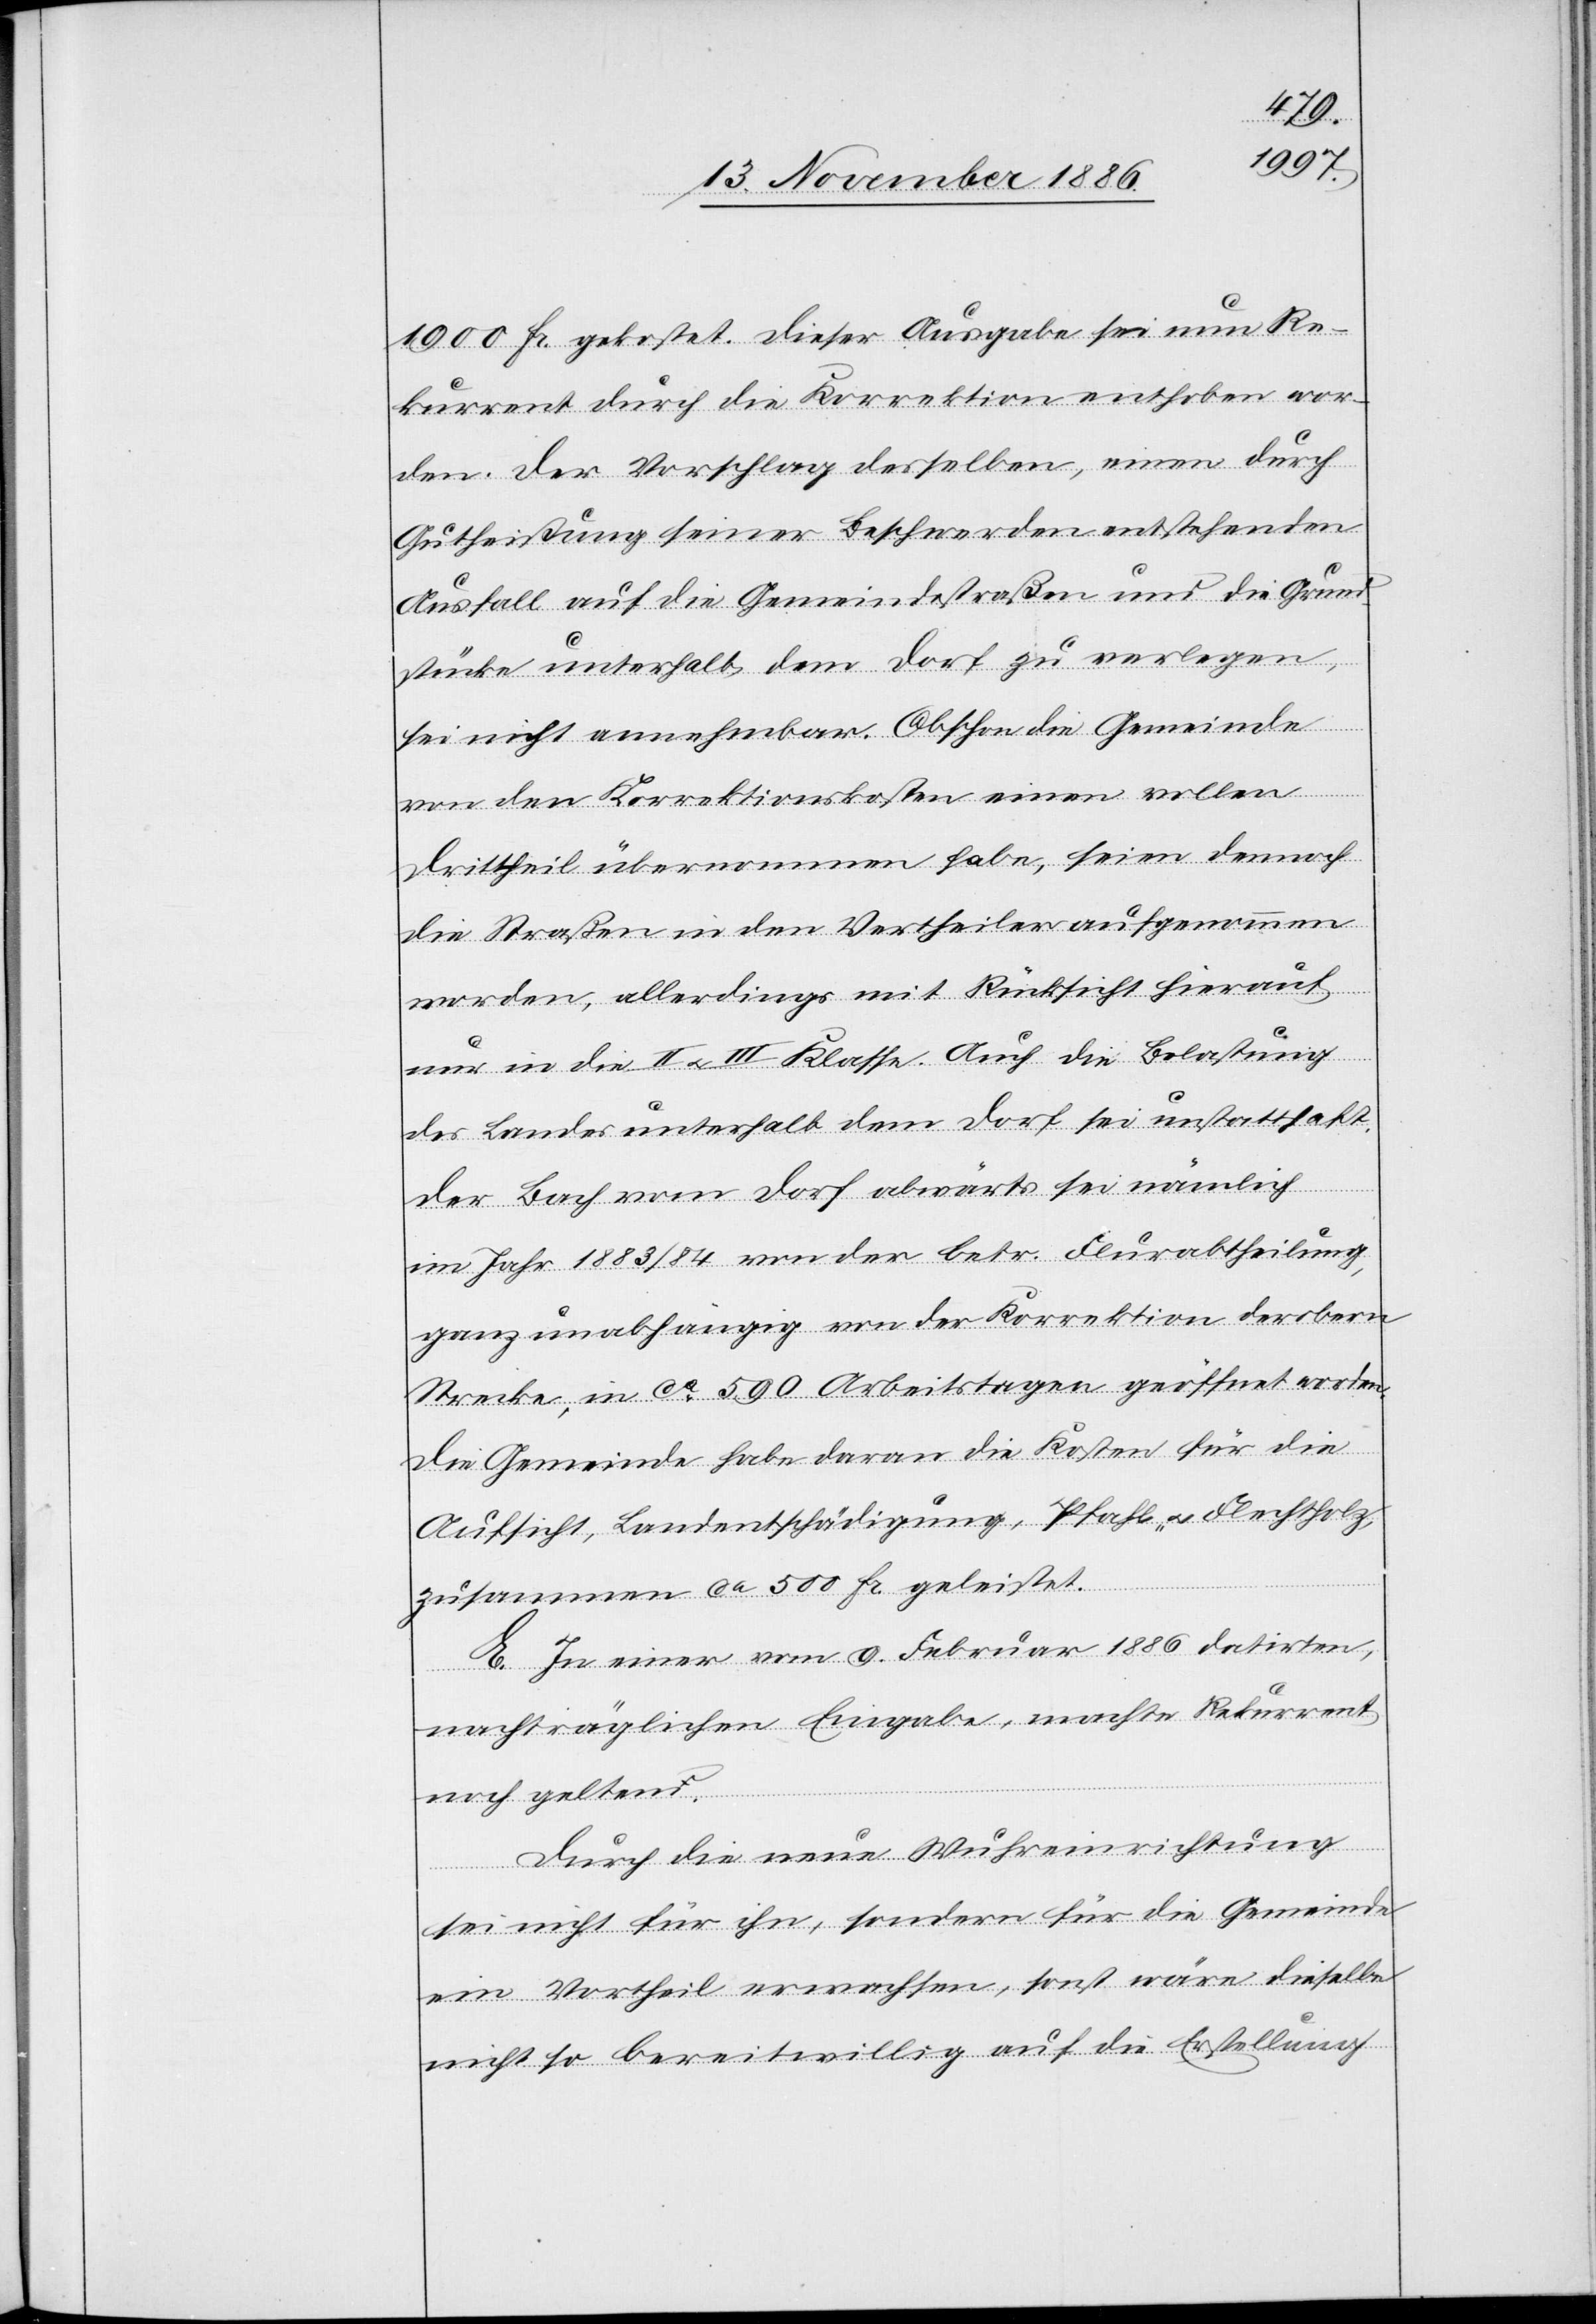
1900 Fr. gekostet. Dieser Ausgabe sei nun Re¬
kurrent durch die Korrektion enthoben wor¬
den. Der Vorschlag desselben, einen durch
Gutheißung seiner Beschwerden entstehenden
Ausfall auf die Gemeindestraßen und die Grund¬
stücke unterhalb dem Dorf zu verlegen,
sei nicht annehmbar. Obschon die Gemeinde
von den Korrektionskosten einen vollen
Drittheil übernommen habe, seien dennoch
die Straßen in den Vertheiler aufgenommen
worden, allerdings mit Rücksicht hierauf
nur in die II & III Klasse. Auch die Belastung
des Landes unterhalb dem Dorf sei unstatthaft.
Der Bach vom Dorf abwärts sei nämlich
im Jahr 1883/84 von der betr. Flurabtheilung,
ganz unabhängig von der Korrektion der obern
Strecke, in ca 590 Arbeitstagen geöffnet worden.
Die Gemeinde habe daran die Kosten für die
Aufsicht, Landentschädigung, Pfahl- & Flechtholz,
zusammen ca 500 Fr. geleistet.
E. In einer vom 9. Februar 1886 datirten,
nachträglichen Eingabe, machte Rekurrent
noch geltend:
Durch die neue Wuhreinrichtung
sei nicht für ihn, sondern für die Gemeinde
ein Vortheil erwachsen, sonst wäre dieselbe
nicht so bereitwillig auf die Erstellung